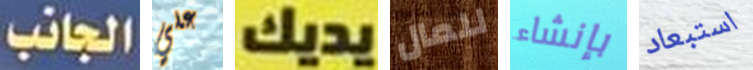
الجانب علي يديك للمال بإنشاء استبعاد